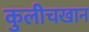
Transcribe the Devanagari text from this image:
कुलीचखान